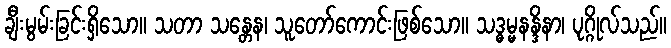
ချီးမွမ်းခြင်းရှိသော။ သတာ သန္တေန၊ သူတော်ကောင်းဖြစ်သော။ သဒ္ဓမ္မနန္ဒိနာ၊ ပုဂ္ဂိုလ်သည်။